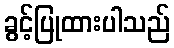
ခွင့်ပြုထားပါသည်